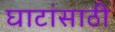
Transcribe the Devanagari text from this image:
घाटांसाठी